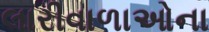
લારીવાળાઓના